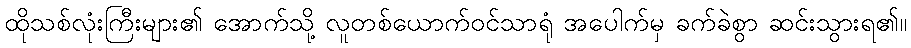
ထိုသစ်လုံးကြီးများ၏ အောက်သို့ လူတစ်ယောက်ဝင်သာရုံ အပေါက်မှ ခက်ခဲစွာ ဆင်းသွားရ၏။